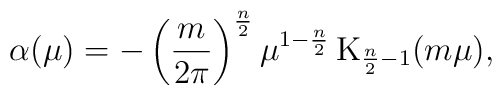
\alpha(\mu) = - \left(\frac{m}{2\pi}\right)^\frac{n}2  \mu^{1-\frac{n}2}\, \mathrm{K}_{\frac{n}2-1}(m\mu),